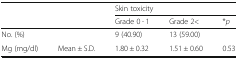
| <ROWSPAN=2-COLSPAN=2>  | <COLSPAN=3> Skin toxicity |
 | Grade 0 ∙ 1 | Grade 2< | *p |
 | --- | --- | --- | --- | --- |
 | No. (%) |  | 9 (40.90) | 13 (59.00) |  |
 | Mg (mg/dl) | Mean ± S.D. | 1.80 ± 0.32 | 1.51 ± 0.60 | 0.53 |